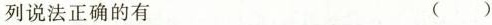
列说法正确的有 ()